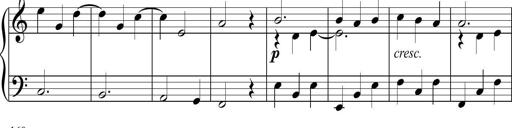
Title: Piano Sonatina in C
Composer: Daniel LÃ©o Simpson
Key: C major